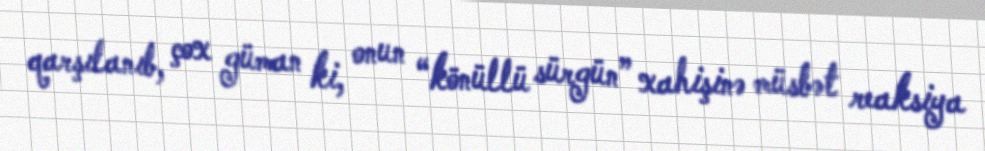
qarşılanıb, çox güman ki, onun “könüllü sürgün” xahişinə müsbət reaksiya